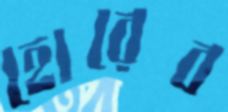
হোরেব